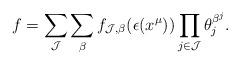
LaTeX: \begin{align*}f=\sum_{\mathcal{J}} \sum_{\beta} f_{\mathcal{J},\beta}(\epsilon(x^{\mu})) \prod_{j \in \mathcal{J}} \theta_j^{\beta^j}.\end{align*}